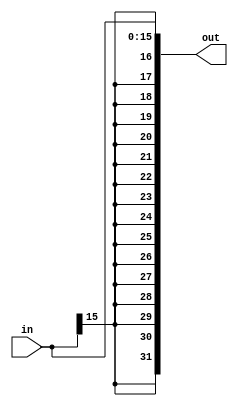
module SigExt(in,out);
input signed [15:0] in;
output signed [31:0] out;

assign out = {{16{in[15]}}, in};
endmodule